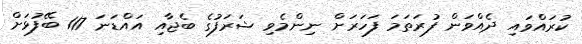
ކުރައްވައި ދެއްވަން ފުރަތަމަ ފަހަރަށް ނިންމެވި ޝަރަފުގެ ބެޖާއި އައްޑަނަ 117 ބޭފުޅަށް